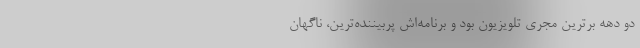
دو دهه برترین مجری تلویزیون بود و برنامه‌اش پربیننده‌ترین، ناگهان